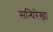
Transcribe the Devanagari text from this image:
सन्धिरेखा